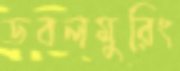
ডবলমুরিং